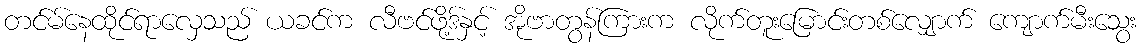
တင်မ်နေထိုင်ရာလှေသည် ယခင်က လီဗင်ဖို့ဒ်နှင့် အိုဗာတွန်ကြားက လိုက်တူးမြောင်းတစ်လျှောက် ကျောက်မီးသွေး